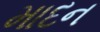
માદન